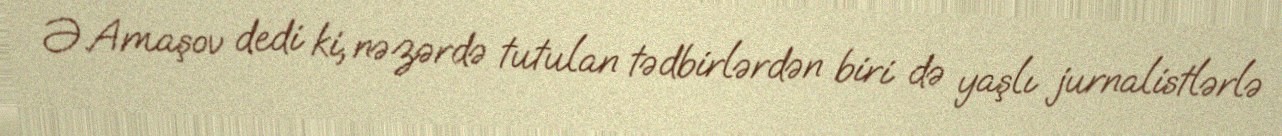
Ə.Amaşov dedi ki, nəzərdə tutulan tədbirlərdən biri də yaşlı jurnalistlərlə